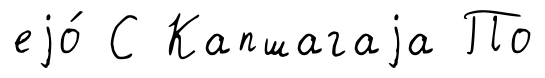
еjо́ С Капшагаjа По